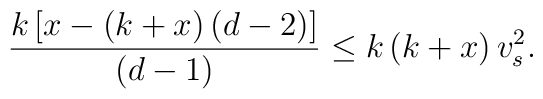
\frac{k\,[x - (k+x)\,(d-2)]}{(d-1)} \leq k\,(k+x) \,v_s^2.